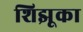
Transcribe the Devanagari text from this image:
शिझूका